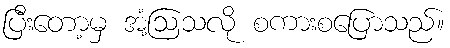
ပြီးတော့မှ အံ့ဩသလို စကားစပြောသည်။